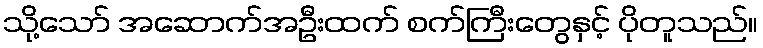
သို့သော် အဆောက်အဦးထက် စက်ကြီးတွေနှင့် ပိုတူသည်။